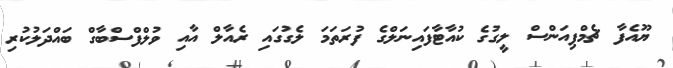
ޔޫއެފާ ޗެމްޕިއަންސް ލީގުގެ ކުއާޓާފައިނަލްގެ ފުރަތަމަ ލެގުގައި ރެއާލް އާއި ވުލްފްސްބާގް ބައްދަލުކުރި